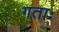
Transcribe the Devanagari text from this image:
गताः